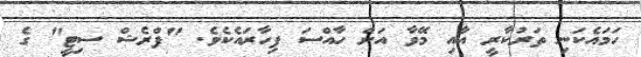
ހަމައެކަނި ތަރުކާރީ އާއި މޭވާ އަށް ހާއްސަ ފިހާރައެކެވެ. "ފްރެޝް ސިޓީ" ގެ